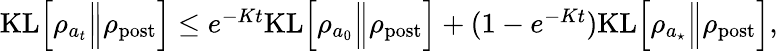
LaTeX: \begin{array}{r}{{\mathrm{KL}}\Bigl[\rho_{a_{t}}\Big\Vert\rho_{\mathrm{post}}\Bigr]\leq e^{-Kt}{\mathrm{KL}}\Bigl[\rho_{a_{0}}\Big\Vert\rho_{\mathrm{post}}\Bigr]+(1-e^{-Kt}){\mathrm{KL}}\Bigl[\rho_{a_{\star}}\Big\Vert\rho_{\mathrm{post}}\Bigr],}\end{array}